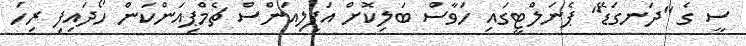
ސީ ގެ "ދަނގަޑޭ" ޕެނަލްޓީގައި ހަވާސް ބަލިކޮށް އަފިލިއަންސް ޗެމްޕިއަންކަން ހޯދައިފި ރިހަ